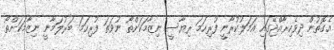
އެގޮތުން ދިވެހިރާއްޖޭގައި އަމަލުކުރާނީ ފުރިހަމަ ރިޔާސީ ނިޒާމަކަށްތޯ ނުވަތަ ފުރިހަމަ ބަރުލަމާނީ ނިޒާމަކަށްތޯ